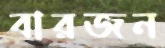
বারজন